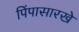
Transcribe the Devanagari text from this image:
पिंपासारखे